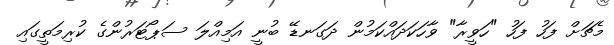
މެޗަށް ފަހު ފަހު "ހަވީރާ" ވާހަކަދައްކަމުން ދަގަނޑޭ ބުނީ އަމިއްލަ ސަޕޯޓަރުންގެ ކުރިމަތީގައި